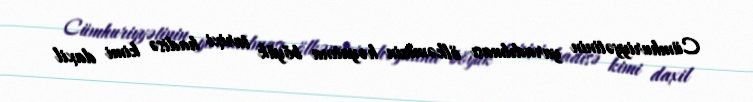
Cümhuriyyətinin yaradılması ölkəmizin həyatına böyük tarixi hadisə kimi daxil